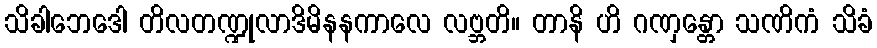
သိခါဘေဒေါ တိလတဏ္ဍုလာဒိမိနနကာလေ လဗ္ဘတိ။ တာနိ ဟိ ဂဏှန္တော သဏိကံ သိခံ